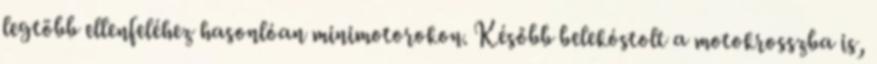
legtöbb ellenfeléhez hasonlóan minimotorokon. Később belekóstolt a motokrosszba is,